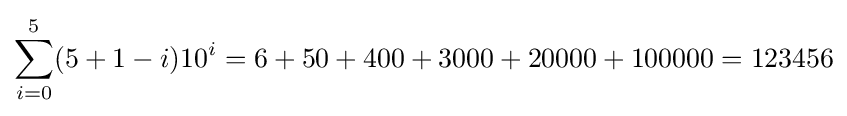
\sum _{i=0}^{5}(5+1-i)10^{i}=6+50+400+3000+20000+100000=123456